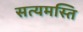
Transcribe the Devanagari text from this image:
सत्यमस्ति